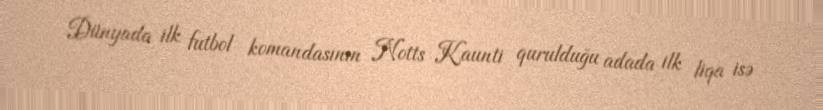
Dünyada ilk futbol komandasının Notts Kaunti qurulduğu adada ilk liqa isə